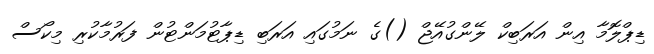
ޑިޕްލޮމާ އިން އަރަބިކް ލޭންގުއޭޖް ()ގެ ނަމުގައި އަރަބި ޑިޕާޓުމަންޓުން ފަރުމާކުރި މިކޯސް